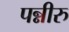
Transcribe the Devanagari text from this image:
पन्नीरु